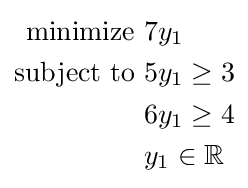
{\begin{aligned}{\text{minimize }}&7y_{1}\\{\text{subject to }}&5y_{1}\geq 3\\&6y_{1}\geq 4\\&y_{1}\in \mathbb {R} \end{aligned}}